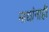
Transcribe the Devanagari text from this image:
माद्यांनाही